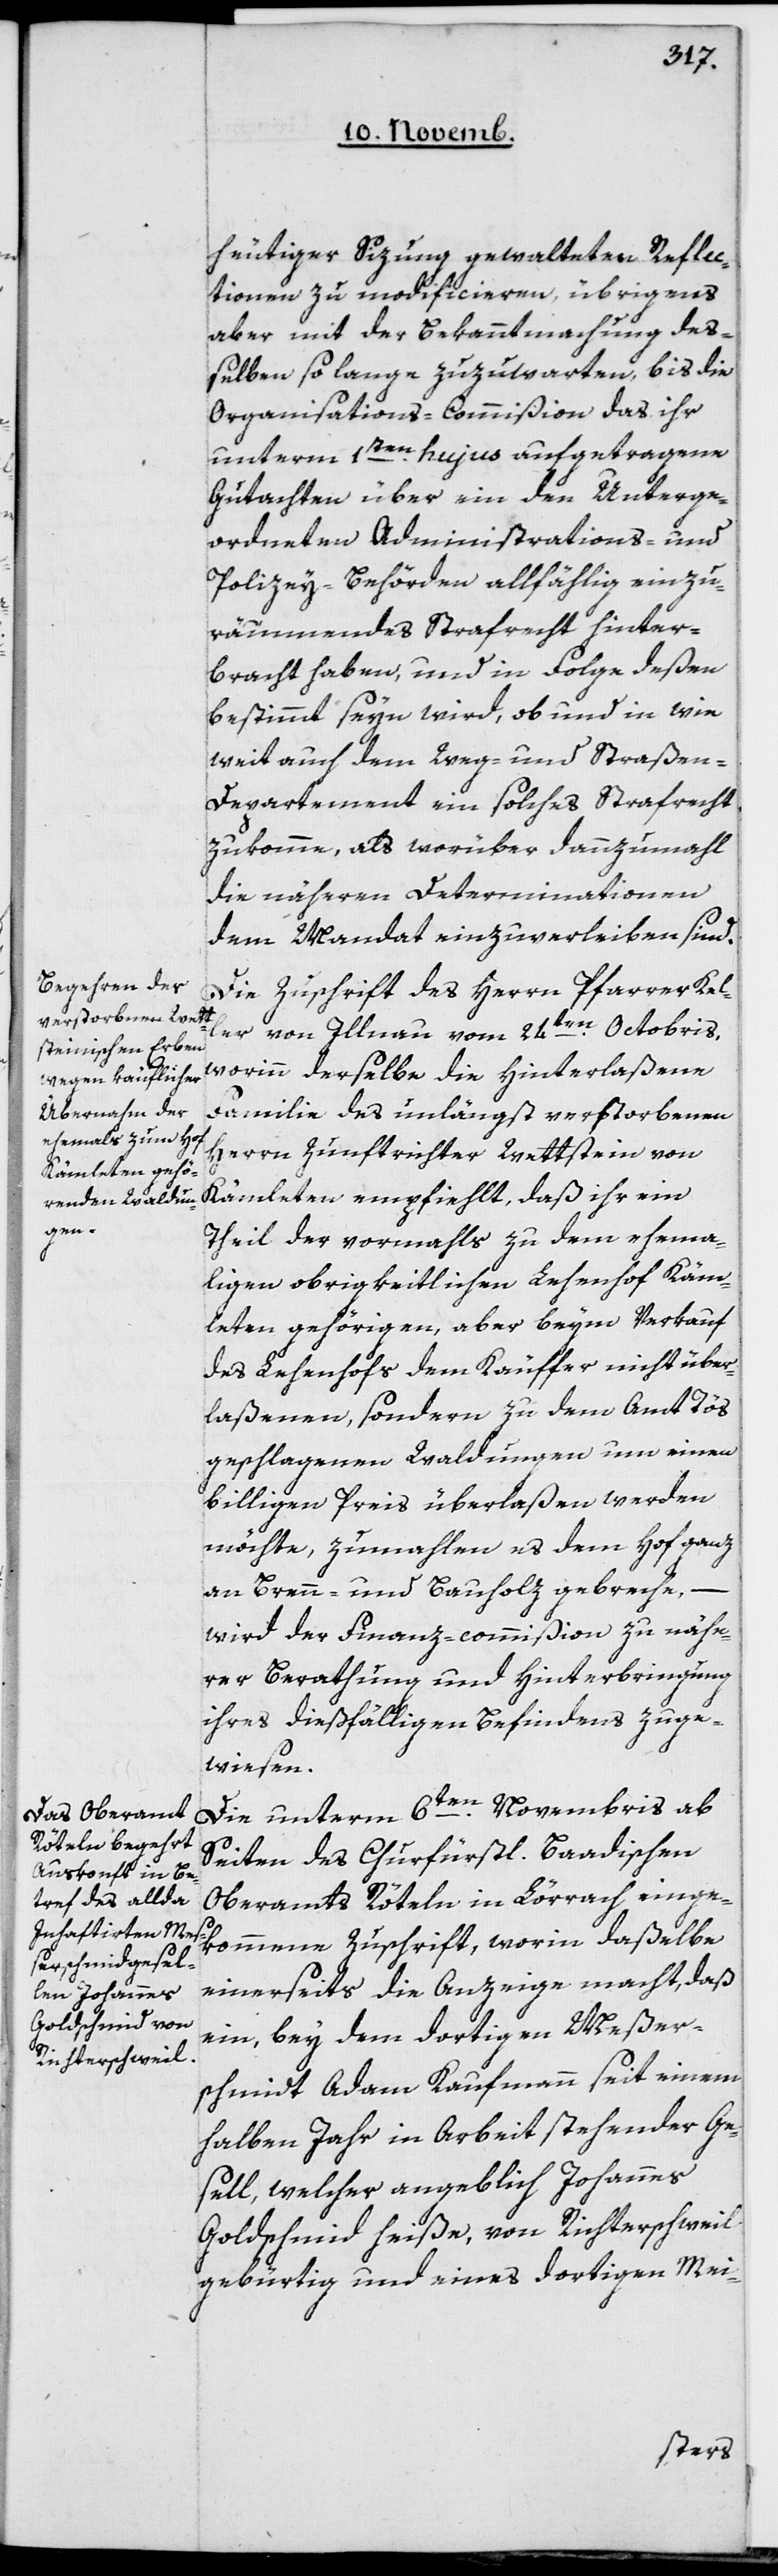
heutiger Sizung gewalteten Reflec¬
tionen zu modificieren, übrigens
aber mit der Bekanntmachung de¬
ßelben so lange zuzuwarten, bis die
Organisations-Commißion das ihr
unterm 1ten hujus aufgetragene
Gutachten über ein den Unterge¬
ordneten Administrations- und
Polizey-Behörden allfählig einzu¬
räumendes Strafrecht hinter¬
bracht haben, und in Folge deßen
bestimmt sein wird, ob und in wie¬
weit auch dem Weg- und Straßen-D¬
epartement ein solches Strafrecht
zukomme, als worüber dannzumahl
die näheren Determinationen
dem Mandat einzuverleiben sind.
Die Zuschrift des Herrn Pfarrer Kel¬
ler von Illnau vom 24ten Octobris,
worinn derselbe die hinterlaßene
Familie des unlängst verstorbenen
Herrn Zunftrichter Wettstein von
Kämleten empfiehlt, daß ihr ein
Theil der vormahls zu dem ehemah¬
ligen obrigkeitlichen Lehenhof Käm¬
leten gehörigen, aber beym Verkauf
des Lehenhofs dem Käufer nicht über¬
laßenen, sondern zu dem Amt Tös
geschlagenen Waldungen um einen
billigen Preis überlaßen werden
möchte, zumahlen es dem Hof ganz
an Brenn- und Bauholz gebreche,
wird der Finanz-commißion zu nähe¬
rer Berathung und Hinterbringung
ihres dießfälligen Befindens zuge¬
wiesen.
Die unterm 6ten Novembris ab
Seiten des Churfürstl. Baadischen
Oberamts Röteln in Lörrach einge¬
kommene Zuschrift, worin daßelbe
einerseits die Anzeige macht, daß
ein, bey dem dortigen Meßer¬
schmidt Adam Kaufmann seit einem
halben Jahr in Arbeit stehender Ge¬
sell, welcher angeblich Johannes
Goldschmid heiße, von Richterschweil
gebürtig und eines dortigen Mei-